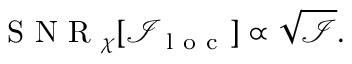
\mathrm { ~ S ~ N ~ R ~ } _ { \chi } [ \mathcal { I } _ { \mathrm { ~ l ~ o ~ c ~ } } ] \propto \sqrt { \mathcal { I } } .